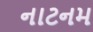
નાટનમ